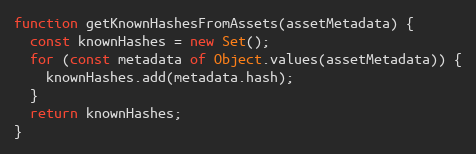
Language: JavaScript
function getKnownHashesFromAssets(assetMetadata) {
  const knownHashes = new Set();
  for (const metadata of Object.values(assetMetadata)) {
    knownHashes.add(metadata.hash);
  }
  return knownHashes;
}